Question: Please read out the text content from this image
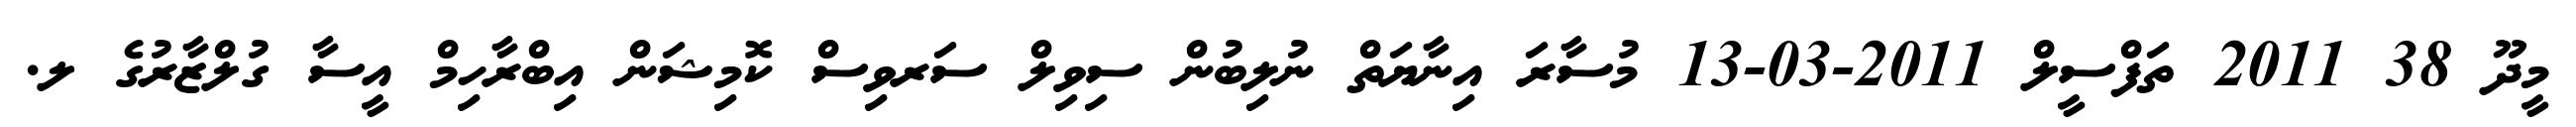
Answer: މީދޫ 38 2011 ތަފްސީލް 2011-03-13 މުސާރަ އިނާޔަތް ނުލިބުން ސިވިލް ސަރވިސް ކޮމިޝަން އިބްރާހިމް އީސާ ގުލްޒާރުގެ ލ.